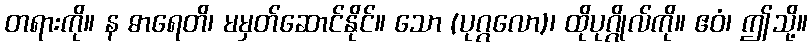
တရားကို။ န ဓာရေတိ၊ မမှတ်ဆောင်နိုင်။ သော (ပုဂ္ဂလော)၊ ထိုပုဂ္ဂိုလ်ကို။ ဧဝံ၊ ဤသို့။